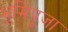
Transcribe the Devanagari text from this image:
भूमिपूजा